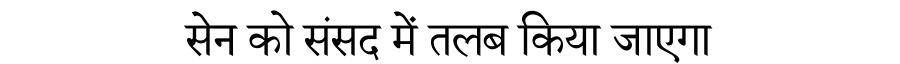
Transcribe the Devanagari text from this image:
सेन को संसद में तलब किया जाएगा